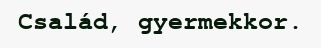
Család, gyermekkor.